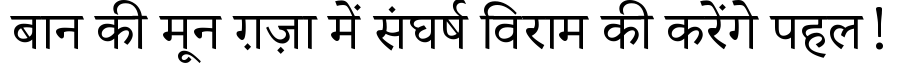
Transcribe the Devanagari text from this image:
बान की मून ग़ज़ा में संघर्ष विराम की करेंगे पहल!